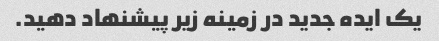
یک ایده جدید در زمینه زیر پیشنهاد دهید.